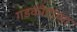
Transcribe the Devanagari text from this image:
गडकोटांच्या